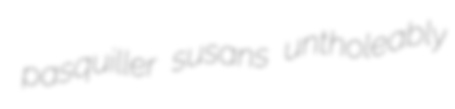
pasquiller susans untholeably